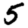
Digit: 5